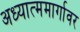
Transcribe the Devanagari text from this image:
अध्यात्ममार्गावर